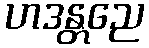
ဟဒန္တညေ